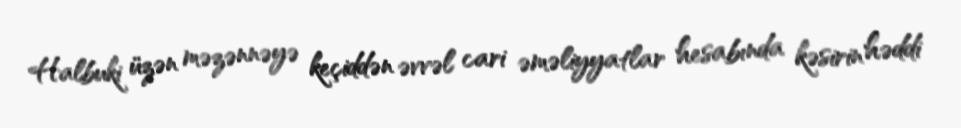
Halbuki üzən məzənnəyə keçiddən əvvəl cari əməliyyatlar hesabında kəsirin həddi